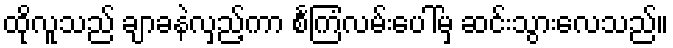
ထိုလူသည် ချာခနဲလှည့်ကာ စင်္ကြံလမ်းပေါ်မှ ဆင်းသွားလေသည်။